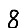
Digit: 8